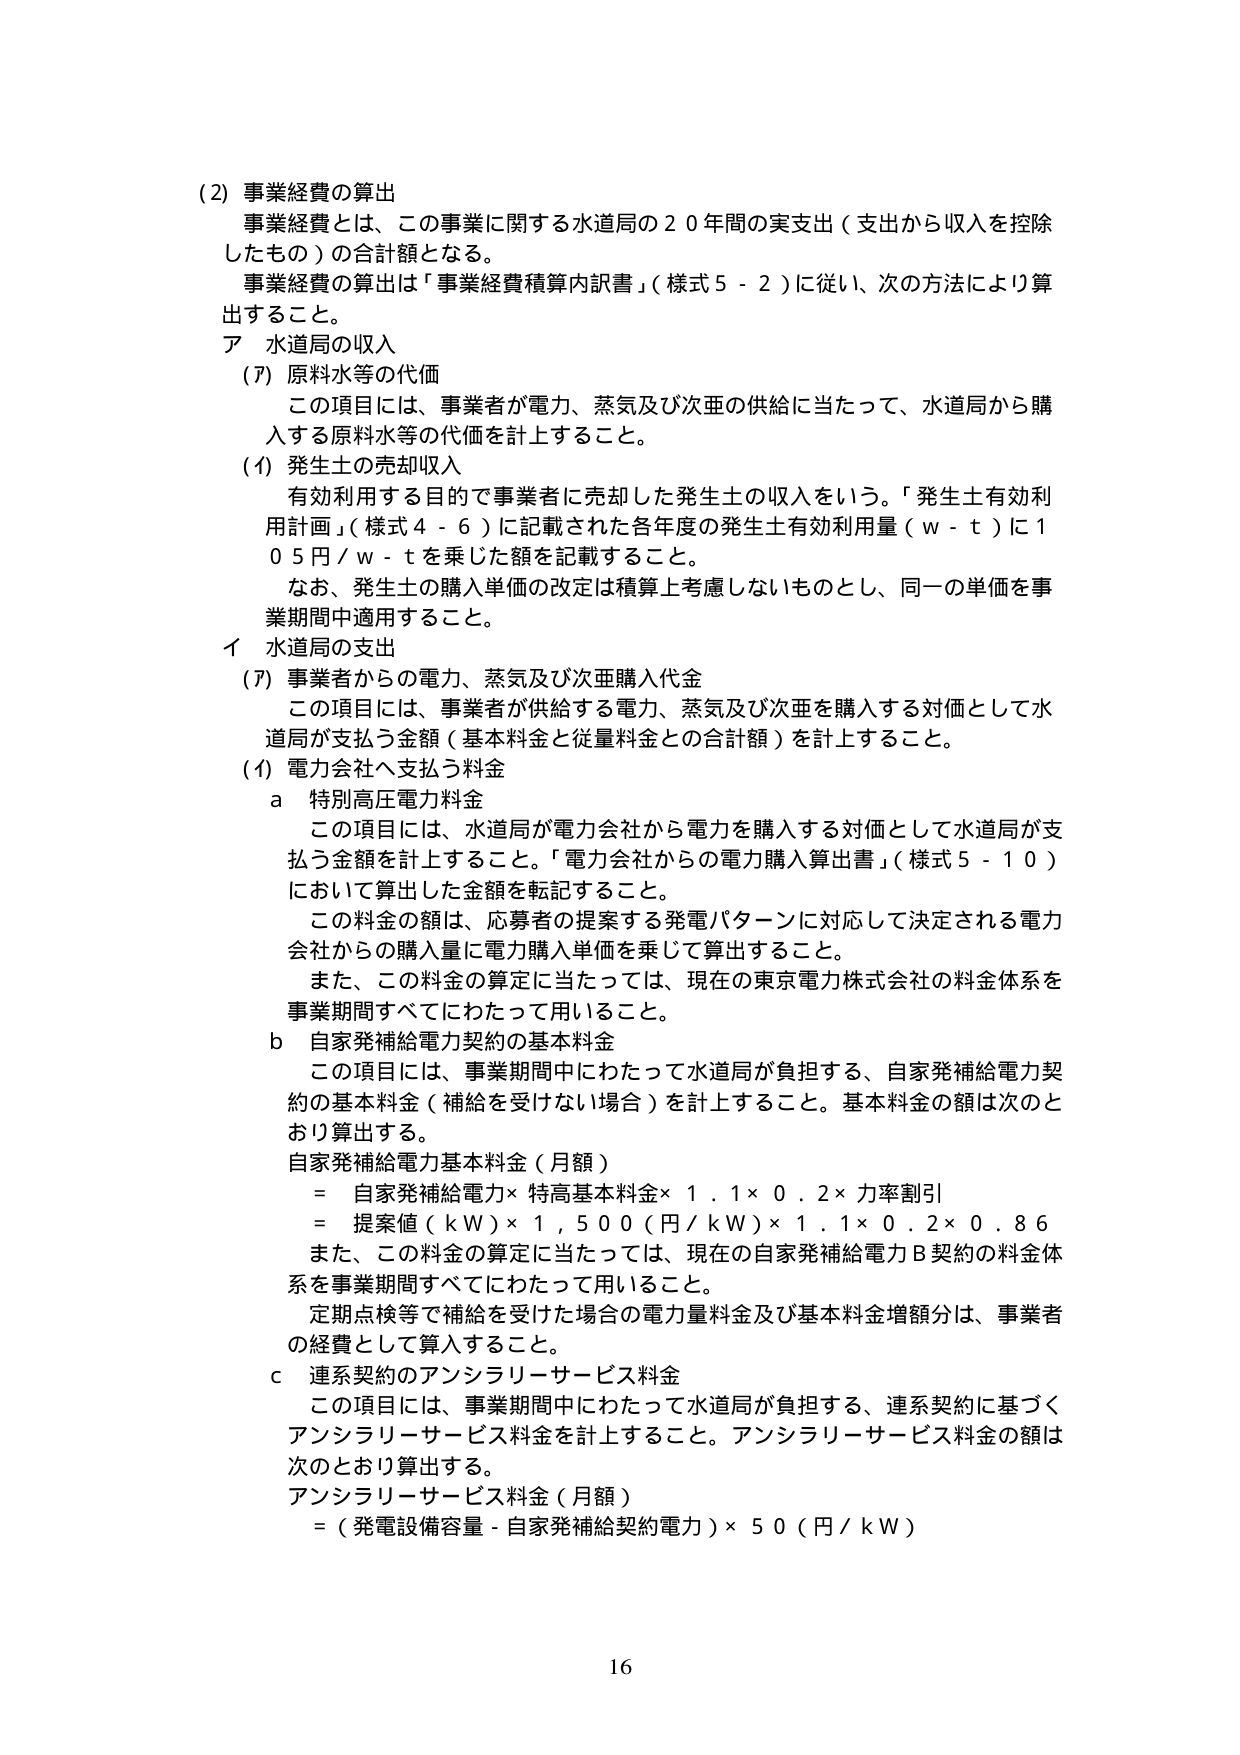
(2) 事業経費の算出
事業経費とは、この事業に関する水道局の２０年間の実支出（支出から収入を控除したもの）の合計額となる。
事業経費の算出は「事業経費積算内訳書」（様式５－２）に従い、次の方法により算出すること。

ア 水道局の収入
(ｱ) 原料水等の代価
　この項目には、事業者が電力、蒸気及び次亜の供給に当たって、水道局から購入する原料水等の代価を計上すること。
(ｲ) 発生土の売却収入
　有効利用する目的で事業者に売却した発生土の収入をいう。「発生土有効利用計画」（様式４－６）に記載された各年度の発生土有効利用量（ｗ－ｔ）に１０５円／ｗ－ｔを乗じた額を記載すること。
　なお、発生土の購入単価の改定は積算上考慮しないものとし、同一の単価を事業期間中適用すること。

イ 水道局の支出
(ｱ) 事業者からの電力、蒸気及び次亜購入代金
　この項目には、事業者が供給する電力、蒸気及び次亜を購入する対価として水道局が支払う金額（基本料金と従量料金との合計額）を計上すること。
(ｲ) 電力会社へ支払う料金
　ａ 特別高圧電力料金
　　この項目には、水道局が電力会社から電力を購入する対価として水道局が支払う金額を計上すること。「電力会社からの電力購入算出書」（様式５－１０）において算出した金額を転記すること。
　　この料金の額は、応募者の提案する発電パターンに対応して決定される電力会社からの購入量に電力購入単価を乗じて算出すること。
　　また、この料金の算定に当たっては、現在の東京電力株式会社の料金体系を事業期間すべてにわたって用いること。
　ｂ 自家発補給電力契約の基本料金
　　この項目には、事業期間中にわたって水道局が負担する、自家発補給電力契約の基本料金（補給を受けない場合）を計上すること。基本料金の額は次のとおり算出する。
　　自家発補給電力基本料金（月額）
　　　＝ 自家発補給電力× 特高基本料金× １．１× ０．２× 力率割引
　　　＝ 提案値（ｋＷ）× １，５００（円／ｋＷ）× １．１× ０．２× ０．８６
　　また、この料金の算定に当たっては、現在の自家発補給電力Ｂ契約の料金体系を事業期間すべてにわたって用いること。
　　定期点検等で補給を受けた場合の電力量料金及び基本料金増額分は、事業者の経費として算入すること。
　ｃ 連系契約のアンシラリーサービス料金
　　この項目には、事業期間中にわたって水道局が負担する、連系契約に基づくアンシラリーサービス料金を計上すること。アンシラリーサービス料金の額は次のとおり算出する。
　　アンシラリーサービス料金（月額）
　　　＝（発電設備容量－自家発補給契約電力）× ５０（円／ｋＷ）

16